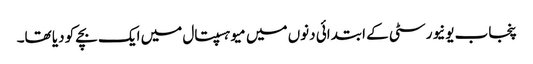
پنجاب یونیورسٹی کے ابتدائی دنوں میں میو ہسپتال میں ایک بچے کو دیا تھا۔